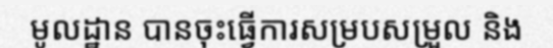
មូលដ្ឋាន បានចុះធ្វើការសម្របសម្រួល និង